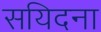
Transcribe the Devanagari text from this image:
सयिदना